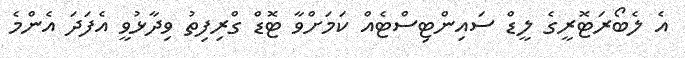
އެ ލެބޯރަޓޮރީގެ ލީޑް ސައިންޓިސްޓެއް ކަމަށްވާ ޓޮޑް ގްރިފިތު ވިދާޅުވީ އެފަދަަ އެންމެ